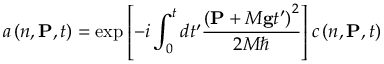
a \left( n , \mathbf { P } , t \right) = \exp \left[ - i \int _ { 0 } ^ { t } d t ^ { \prime } \frac { \left( \mathbf { P } + M \mathbf { g } t ^ { \prime } \right) ^ { 2 } } { 2 M \hbar } \right] c \left( n , \mathbf { P } , t \right)